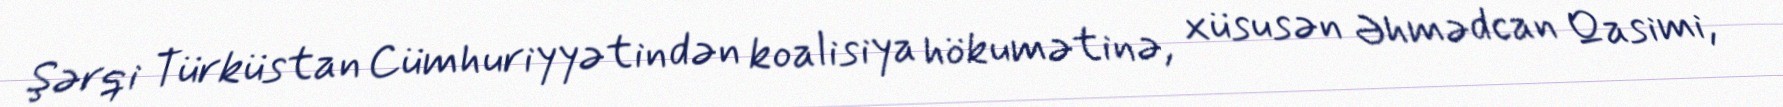
Şərqi Türküstan Cümhuriyyətindən koalisiya hökumətinə, xüsusən Əhmədcan Qasimi,